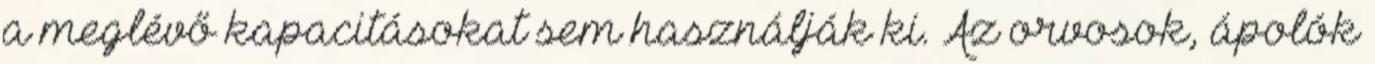
a meglévő kapacitásokat sem használják ki. Az orvosok, ápolók